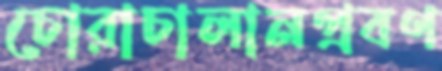
চোরাচালানপ্রবণ